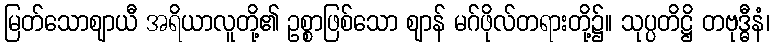
မြတ်သောဈာယီ အရိယာလူတို့၏ ဥစ္စာဖြစ်သော ဈာန် မဂ်ဖိုလ်တရားတို့၌။ သုပ္ပတိဋ္ဌိ တဗုဒ္ဓီနံ၊